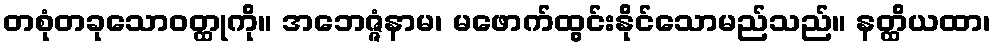
တစုံတခုသောဝတ္ထုကို။ အဘေဇ္ဇံနာမ၊ မဖောက်ထွင်းနိုင်သောမည်သည်။ နတ္ထိယထာ၊